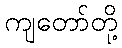
ကျတော်တို့